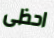
احظى